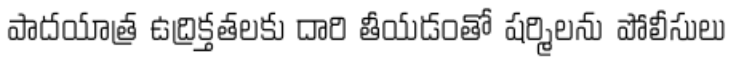
పాదయాత్ర ఉద్రిక్తతలకు దారి తీయడంతో షర్మిలను పోలీసులు